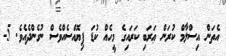
އެތަން އިސްލާމް ކުރަން ޢަރަބި ކަރައިގެ މީހެއް ކުޑަ ފިޔޮއްސެއްވެސް ނުގެންދެއެވެ. 5-